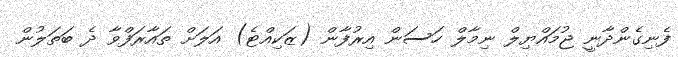
ފެނިގެންދާނީ ޖުމައްޔިލް ނިމާލް ހަސަން އިރުފާން (ޒަކިއްޓެ) އަލަށް ތައާރަފްވާ ދެ ބަތަލުން